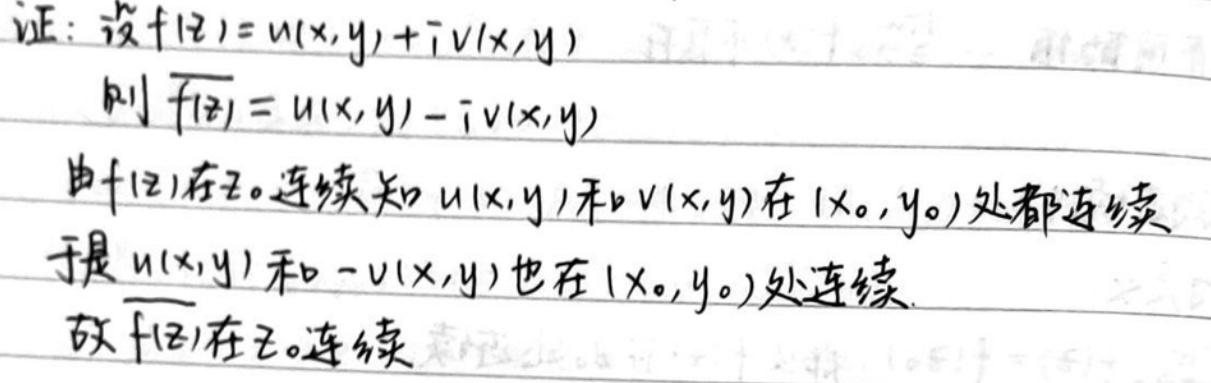
证：设\(f(z)=u(x,y)+iv(x,y)\)
则\(\overline{f(z)} = u(x,y)-iv(x,y)\)
由\(f(z)\)在\(z_0\)连续知\(u(x,y)\)和\(v(x,y)\)在\((x_0,y_0)\)处都连续
于是\(u(x,y)\)和\(-v(x,y)\)也在\((x_0,y_0)\)处连续
故\(\overline{f(z)}\)在\(z_0\)连续